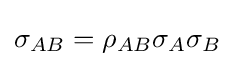
\sigma _{AB}=\rho _{AB}\sigma _{A}\sigma _{B}